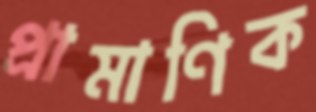
প্রামাণিক